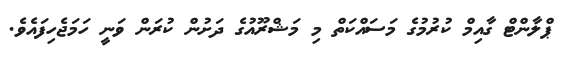
ޕްލާންޓް ގާއިމް ކުރުމުގެ މަސައްކަތް މި މަޝްރޫއުގެ ދަށުން ކުރަން ވަނީ ހަމަޖެހިފައެވެ.